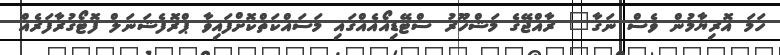
ހަމަ އޮރިޔާމުން ވެސް ނަގާ" ރާއްޖޭގެ މަޝްހޫރު ސްޓޭޑިއޯއެއްގައި މަސައްކަތްކޮށްފައިވާ ޕްރޮފެޝަނަލް ފޮޓޯގުރާފަރެއް